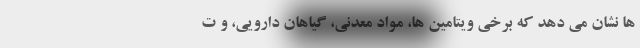
ها نشان می دهد که برخی ویتامین ها، مواد معدنی، گیاهان دارویی، و ت